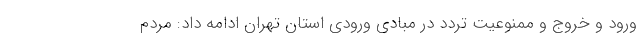
ورود و خروج و ممنوعیت تردد در مبادی ورودی استان تهران ادامه داد: مردم